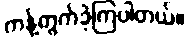
ကန့်ကွက်ခဲ့ကြပါတယ်။